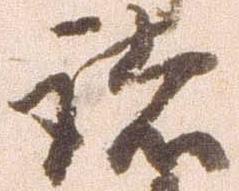
諸